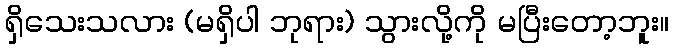
ရှိသေးသလား (မရှိပါ ဘုရား) သွားလို့ကို မပြီးတော့ဘူး။